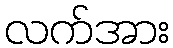
လက်အား